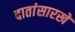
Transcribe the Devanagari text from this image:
दातांसारखे